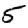
Digit: 5